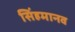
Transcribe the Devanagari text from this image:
सिंहमानव